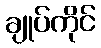
ချုပ်ကိုင်